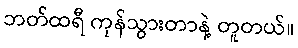
ဘတ်ထရီ ကုန်သွားတာနဲ့ တူတယ်။